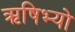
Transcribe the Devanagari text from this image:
ऋषिभ्यो